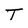
Character: T